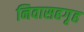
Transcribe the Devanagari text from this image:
निवासहगृह